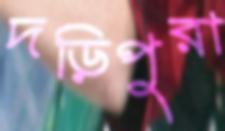
দড়িপুরা